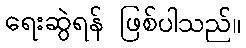
ရေးဆွဲရန် ဖြစ်ပါသည်။